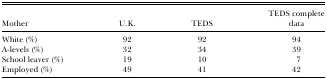
| Mother | U.K. | TEDS | TEDS complete data |
 | --- | --- | --- | --- |
 | White (%) | 92 | 92 | 94 |
 | A-levels (%) | 32 | 34 | 39 |
 | School leaver (%) | 19 | 10 | 7 |
 | Employed (%) | 49 | 41 | 42 |